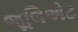
જૂલિએટ